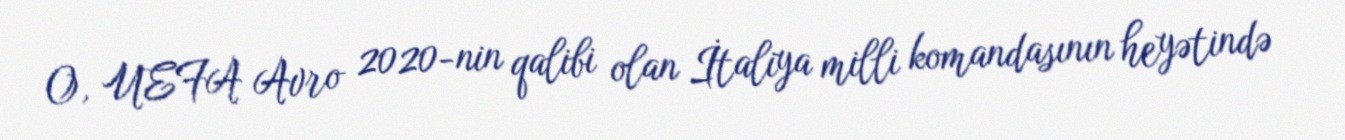
O, UEFA Avro 2020-nin qalibi olan İtaliya milli komandasının heyətində